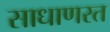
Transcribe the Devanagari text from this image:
साधाणरत